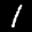
Label: 1